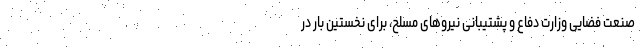
صنعت فضایی وزارت دفاع و پشتیبانی نیروهای مسلح، برای نخستین بار در